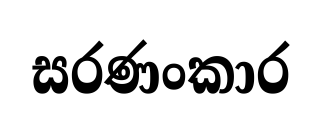
සරණංකාර